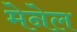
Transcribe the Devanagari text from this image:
मेनेल